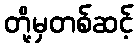
တို့မှတစ်ဆင့်